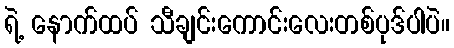
ရဲ့ နောက်ထပ် သီချင်းကောင်းလေးတစ်ပုဒ်ပါပဲ။